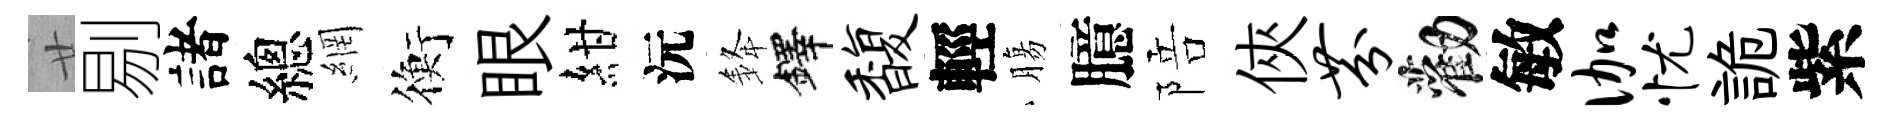
廿剔諸總網衡眼紺沅𨦟鐸馥輕膓臆陪俠芬勸敏伽忧詭紫